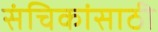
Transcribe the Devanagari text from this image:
संचिकांसाठी